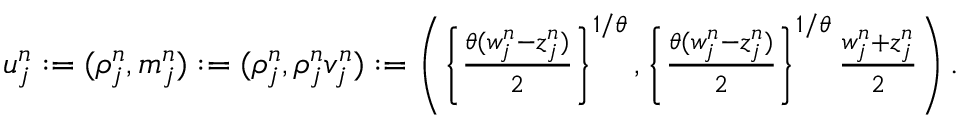
\begin{array} { r } { u _ { j } ^ { n } : = ( \rho _ { j } ^ { n } , m _ { j } ^ { n } ) : = ( \rho _ { j } ^ { n } , \rho _ { j } ^ { n } v _ { j } ^ { n } ) : = \left( \left\{ \frac { \theta ( w _ { j } ^ { n } - z _ { j } ^ { n } ) } { 2 } \right\} ^ { 1 / \theta } , \left\{ \frac { \theta ( w _ { j } ^ { n } - z _ { j } ^ { n } ) } { 2 } \right\} ^ { 1 / \theta } \frac { w _ { j } ^ { n } + z _ { j } ^ { n } } { 2 } \right) . } \end{array}